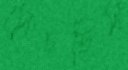
সেচছিস